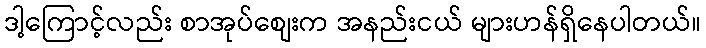
ဒါ့ကြောင့်လည်း စာအုပ်စျေးက အနည်းငယ် များဟန်ရှိနေပါတယ်။